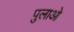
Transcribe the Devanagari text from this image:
पुलाओ